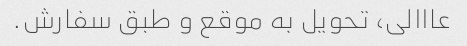
عااالی، تحویل به موقع و طبق سفارش.